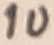
Text: 1u